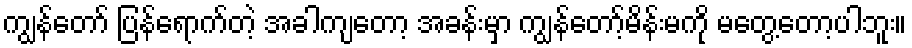
ကျွန်တော် ပြန်ရောက်တဲ့ အခါကျတော့ အခန်းမှာ ကျွန်တော့်မိန်းမကို မတွေ့တော့ပါဘူး။